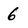
Character: 6